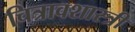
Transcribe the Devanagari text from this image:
चित्रावशास्त्री